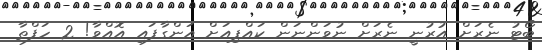
ބޯޓު ނެރަށް އުރުނީ ނެރަށް ނުވަންނަން ކައްޕިއަށް އަންގާފައި އޮއްވާ! 2 ހަފްތާ